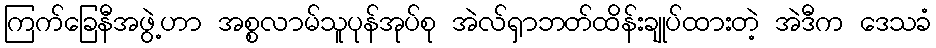
ကြက်ခြေနီအဖွဲ့ဟာ အစ္စလာမ်သူပုန်အုပ်စု အဲလ်ရှာဘတ်ထိန်းချုပ်ထားတဲ့ အဲဒီက ဒေသခံ